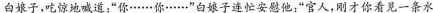
白娘子，吃惊地喊道：“你……你……”白娘子连忙安慰他：“官人，刚才你看见一条水